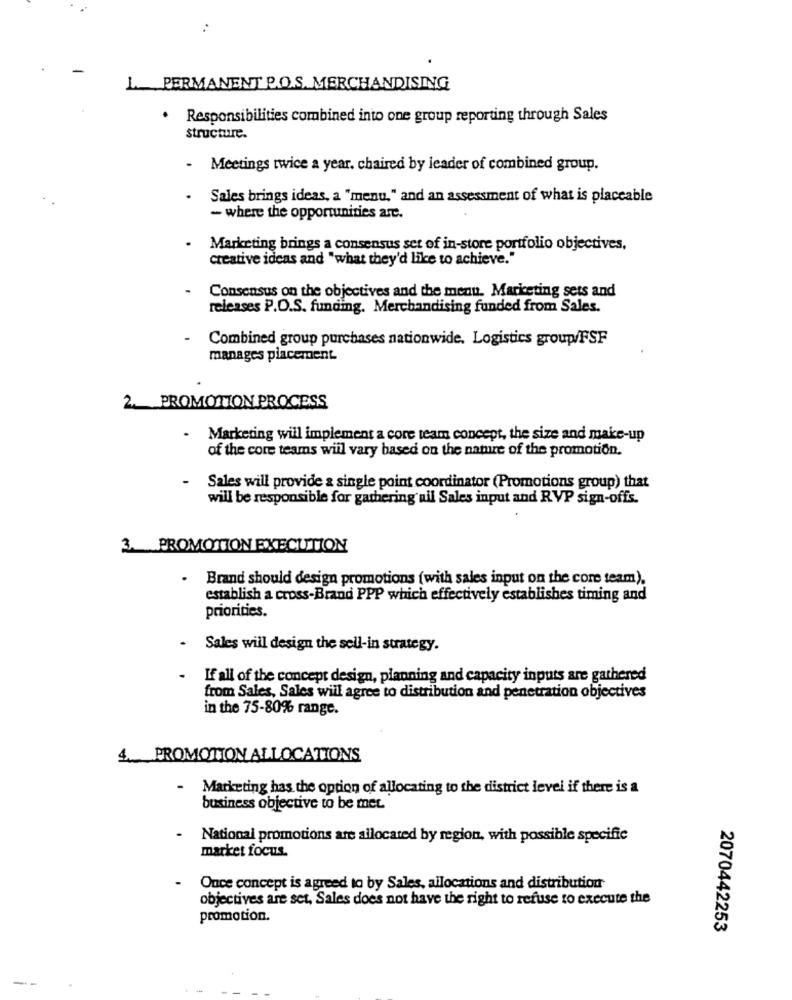
:
L. PERMANENT P.O.S. MERCHANDISING
· Responsibilities combined into one group reporting through Sales
structure.
- Meetings twice a year. chaired by leader of combined group.
Sales brings ideas, a "menu," and an assessment of what is placeable
- where the opportunities arc.
Marketing brings a consensus set of in-store portfolio objectives.
creative ideas and "what they'd like to achieve."
Consensus on the objectives and the menu. Marketing sets and
releases P.O.S. funding. Merchandising funded from Sales.
Combined group purchases nationwide. Logistics group/FSF
manages placement.
2. PROMOTION PROCESS
Marketing will implement a core team concept, the size and make-up
of the core teams will vary based on the nature of the promotion.
Sales will provide & single point coordinator (Promotions group) that
will be responsible for gathering ail Sales input and RVP sign-offs.
3. PROMOTION EXECUTION
.
Brand should design promotions (with sales input on the core team).
establish a cross-Brand PPP which effectively establishes timing and
priorities.
.
Sales will design the sell-in strategy.
If all of the concept design, planning and capacity inputs are gathered
from Sales, Sales will agree to distribution and penetration objectives
in the 75-80% range.
4. PROMOTION ALLOCATIONS
- Marketing has the option of allocating to the district level if there is a
business objective to be mer
.
National promotions are allocated by region, with possible specific
market focus.
Once concept is agreed to by Sales, allocations and distribution
objectives are set, Sales does not have the right to refuse to execute the
promotion.
2070442253